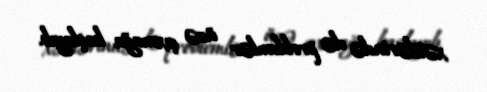
xəttlərində də problemlər üzə çıxmağa başlayıb.